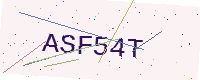
Text: ASF54T